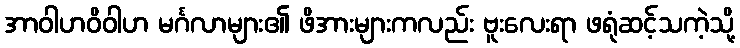
အာဝါဟဝိဝါဟ မင်္ဂလာများ၏ ဖိအားများကလည်း ဗူးလေးရာ ဖရုံဆင့်သကဲ့သို့